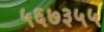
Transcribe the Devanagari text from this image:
५६७३५५